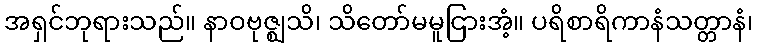
အရှင်ဘုရားသည်။ နာဝဗုဇ္ဈသိ၊ သိတော်မမူငြားအံ့။ ပရိစာရိကာနံသတ္တာနံ၊